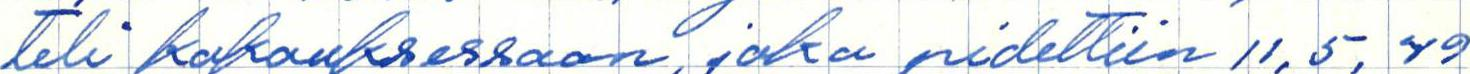
teli kokouksessaan, joka pidettiin 11,5, 49